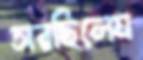
সরছিলেম